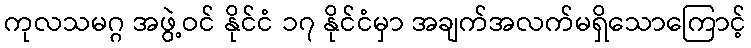
ကုလသမဂ္ဂ အဖွဲ့ဝင် နိုင်ငံ ၁၇ နိုင်ငံမှာ အချက်အလက်မရှိသောကြောင့်